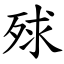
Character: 殏